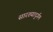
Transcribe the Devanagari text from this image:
सारख्यादुर्गम